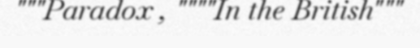
"""Paradox , """"In the British"""